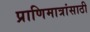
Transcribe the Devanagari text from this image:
प्राणिमात्रांसाठी